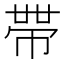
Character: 𭘧